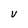
Character: V